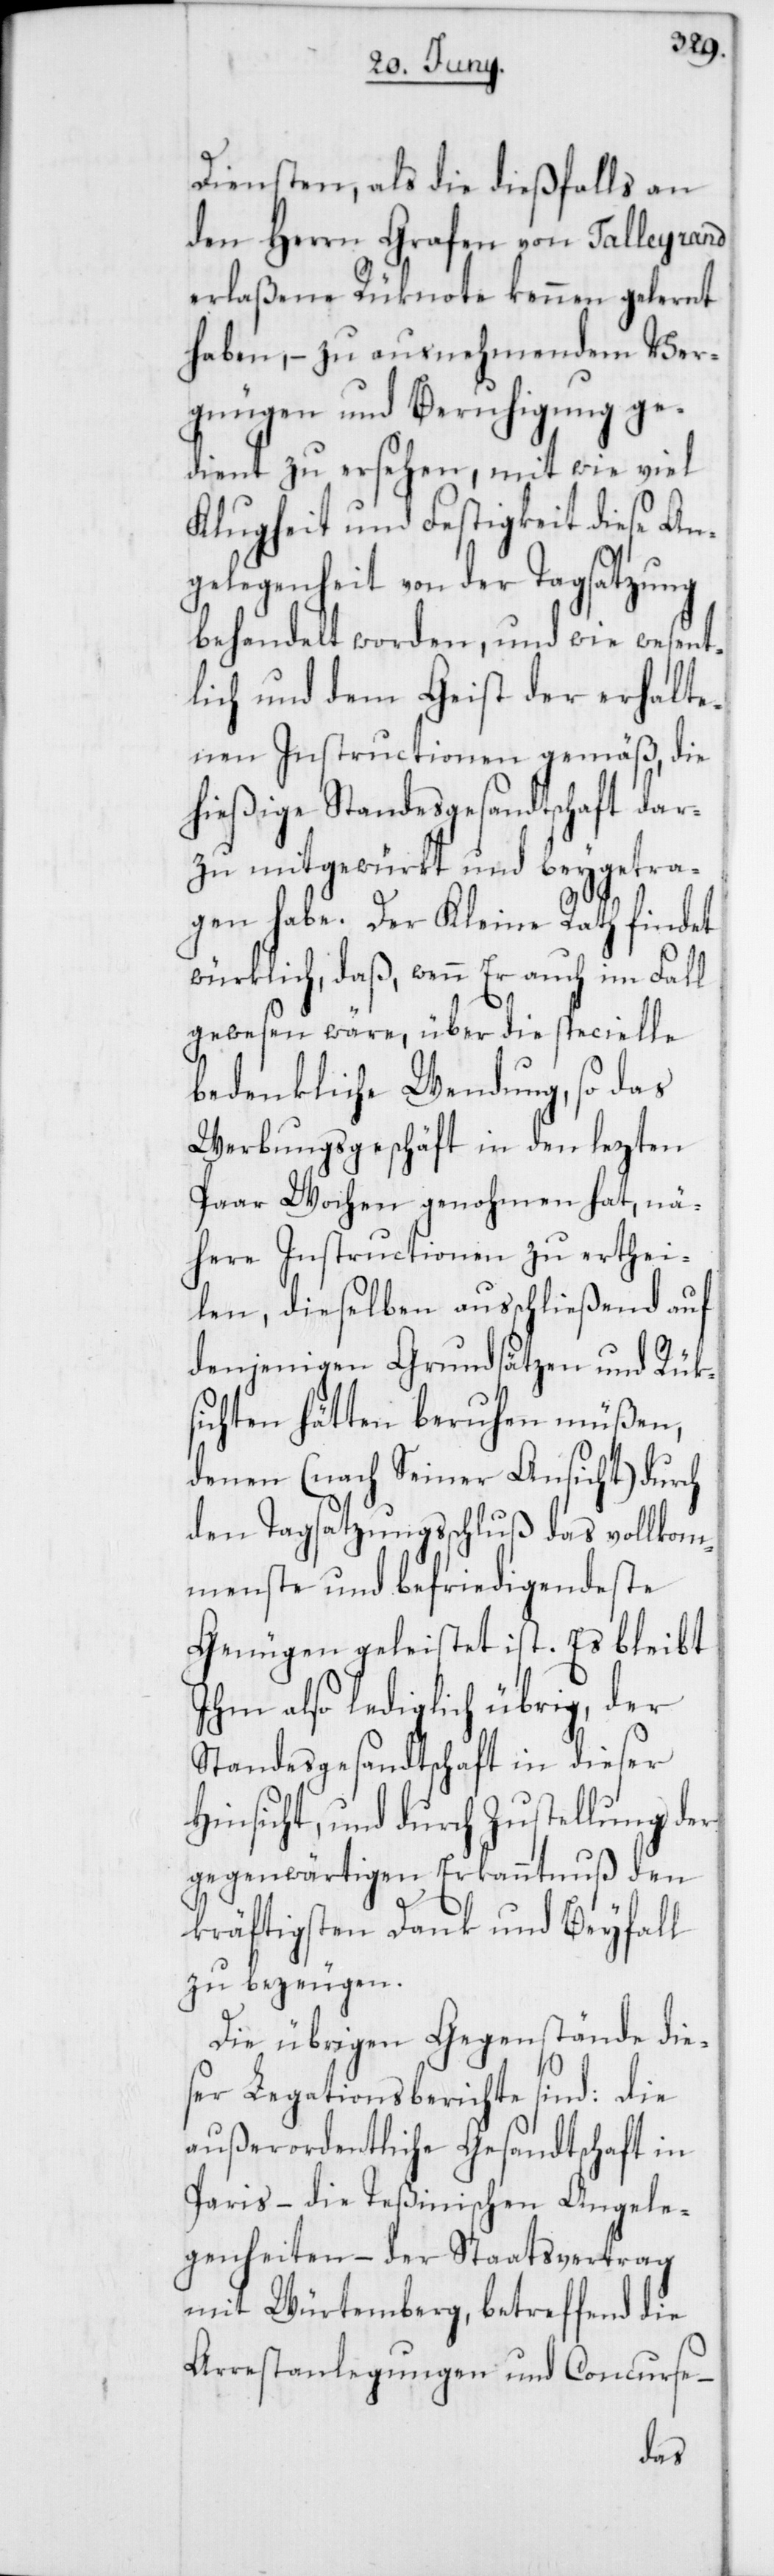
Diensten, als die dießfalls an
den Herrn Grafen von Talleyrand
erlaßene Rüknote kennen gelernt
haben, – zu ausnehmendem Ver¬
gnügen und Beruhigung ge¬
dient zu ersehen, mit wie viel
Klugheit und Festigkeit diese An¬
gelegenheit von der Tagsatzung
behandelt worden, und wie wesent¬
lich und dem Geist der erhalte¬
nen Instructionen gemäß, die
hießige Standesgesandtschaft dar¬
zu mitgewürkt und beygetra¬
gen habe. Der Kleine Rath findet
würklich, daß, wenn er auch im Fall
gewesen wäre, über die specielle
bedenkliche Wendung, so das
Werbungsgeschäft in den lezten
paar Wochen genohmen hat, nä¬
here Instructionen zu erthei¬
len, dieselben ausschließend auf
denjenigen Grundsätzen und Rük¬
sichten hätten beruhen müßen,
denen (nach Seiner Ansicht) durch
den Tagsatzungsbeschluß das vollkom¬
menste und befriedigendeste
Genügen geleistet ist. Es bleibt
Ihm also lediglich übrig, der
Standesgesandtschaft in dieser
Hinsicht und durch Zustellung der
gegenwärtigen Erkanntnuß den
kräftigsten Dank und Beyfall
zu bezeugen.
Die übrigen Gegenstände die¬
ser Legationsberichte sind: die
außerordentliche Gesandtschaft in
Paris – die Teßinischen Angele¬
genheiten – der Staatsvertrag
mit Würtemberg, betreffend die
Arrestanlegungen und Concurse –